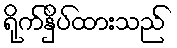
ရိုက်နှိပ်ထားသည်